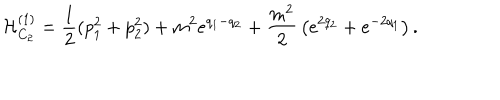
LaTeX: { \cal H } _ { C _ { 2 } } ^ { ( 1 ) } = { \frac { 1 } { 2 } } ( p _ { 1 } ^ { 2 } + p _ { 2 } ^ { 2 } ) + m ^ { 2 } e ^ { q _ { 1 } - q _ { 2 } } + { \frac { m ^ { 2 } } { 2 } } \left( e ^ { 2 q _ { 2 } } + e ^ { - 2 q _ { 1 } } \right) .